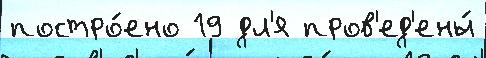
постро́ено 19 дл'я пров'ед'ены́